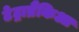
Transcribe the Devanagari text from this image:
टेट्राब्रैंकिआ